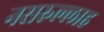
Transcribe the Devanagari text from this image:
नसरुल्लाह